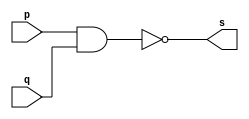
// ---------------------
// Guia 02_04(Extra) - NOR
// Nome: Heitor Terozendi
// ---------------------

// ---------------------
// -- nand gate 
// ---------------------

module nandgate (s, p, q);
 output s;
 input  p, q;

 assign s = ~(p & q);

endmodule // nandgate


// ---------------------
// -- nor gate with nand
// ---------------------

module norgate (s0, a, b);
 output s0;
 wire s1, s2,s3;
 input  a, b;

 nandgate NAND1 (s1, a, a);
 nandgate NAND2 (s2, b, b);
 nandgate NAND3 (s3, s1, s2);
 nandgate NAND4 (s0, s3, s3);

endmodule // norgate


// --------------------------
// -- test nor gate with nand
// --------------------------

module testnorgate;
 reg   a, b;             
 wire  s;
          // instancia
 norgate NOR1 (s, a, b);

 initial begin:start
      a=0; b=0;
 end

          // parte principal
 initial begin:main
      $display("Guia 02_04 - Heitor Terozendi - 396698");
      $display("Test NOR gate");
      $display("\n~(~(~a & ~b)) = s\n");
      $monitor("~(~(~%b & ~%b)) = %b", a, b, s);
  #1  a=0; b=1; 
  #1  a=1; b=0; 
  #1  a=1; b=1; 
  
 end

endmodule // testnorgate